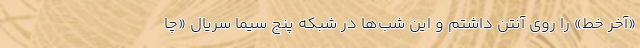
«آخر خط» را روی آنتن داشتم و این شب‌ها در شبکه پنج سیما سریال «چا